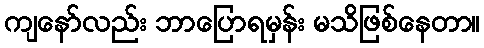
ကျနော်လည်း ဘာပြောရမှန်း မသိဖြစ်နေတာ။